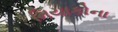
મિયાકોના